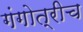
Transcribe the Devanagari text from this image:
गंगोत्रीच